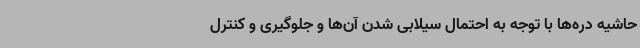
حاشیه دره‌ها با توجه به احتمال سیلابی شدن آن‌ها و جلوگیری و کنترل